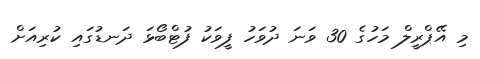
މި އޭޕްރީލް މަހުގެ 30 ވަނަ ދުވަހު ފީވަކު ފުޓްބޯޅަ ދަނޑުގައި ކުރިއަށް